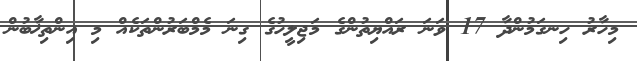
މިހާރު ހިނގަމުންދާ 17 ވަނަ ރައްޔިތުންގެ މަޖިލީހުގެ ގިނަ މެމްބަރުންތަކެއް މި އިންތިޚާބުން